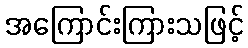
အကြောင်းကြားသဖြင့်